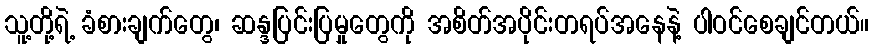
သူ့တို့ရဲ့ ခံစားချက်တွေ၊ ဆန္ဒပြင်းပြမှုတွေကို အစိတ်အပိုင်းတရပ်အနေနဲ့ ပါဝင်စေချင်တယ်။